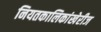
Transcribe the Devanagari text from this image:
नियतकालिकांखेरीज